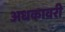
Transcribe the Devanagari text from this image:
अधकावरी